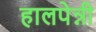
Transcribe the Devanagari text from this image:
हालपेन्नी